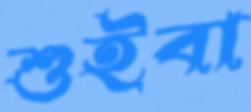
শুইবা